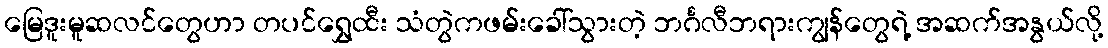
မြေဒူးမူဆလင်တွေဟာ တပင်ရွှေထီး သံတွဲကဖမ်းခေါ်သွားတဲ့ ဘင်္ဂလီဘရားကျွန်တွေရဲ့ အဆက်အနွယ်လို့